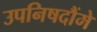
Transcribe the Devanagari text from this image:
उपनिषदौंमे